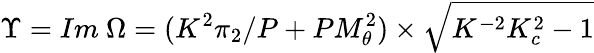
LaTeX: \Upsilon=Im~\Omega=(K^{2}\pi_{2}/P+PM_{\theta}^{2})\times\sqrt{K^{-2}K_{c}^{2}-1}